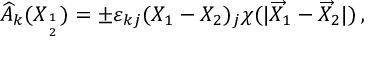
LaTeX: \widehat { A } _ { k } ( X _ { 1 \atop 2 } ) = \pm \varepsilon _ { k j } ( X _ { 1 } - X _ { 2 } ) _ { j } \chi ( | \overrightarrow { X } _ { 1 } - \overrightarrow { X } _ { 2 } | ) \, ,